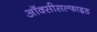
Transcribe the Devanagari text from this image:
ऑक्सीसल्फाइड